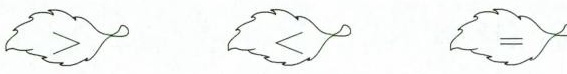
\underline{>}\underline{<}\underline{=}